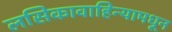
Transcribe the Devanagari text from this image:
लसिकावाहिन्यामधून